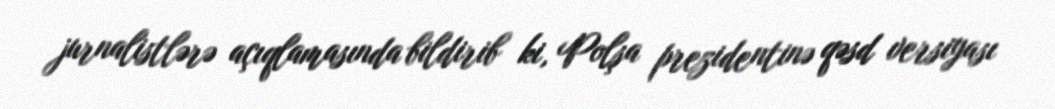
jurnalistlərə açıqlamasında bildirib ki, Polşa prezidentinə qəsd versiyası